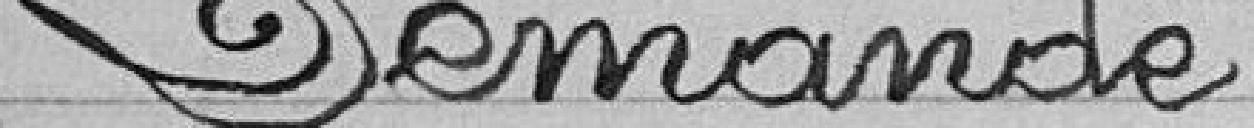
Demande